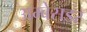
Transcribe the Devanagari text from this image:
अम्बेसडर